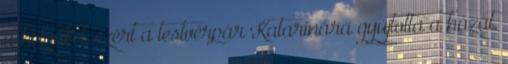
a helyüket, ezért a testvérpár Katarinára gyújtotta a házát,